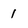
Character: 1